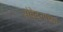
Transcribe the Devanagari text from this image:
संवेदनाच्या